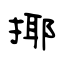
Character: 揶